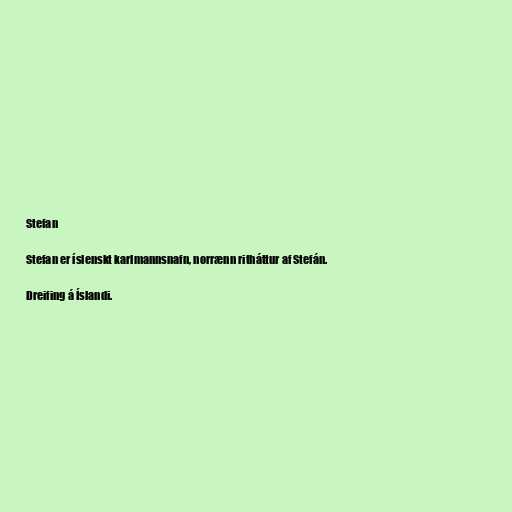
Stefan

Stefan er íslenskt karlmannsnafn, norrænn ritháttur af Stefán.

Dreifing á Íslandi.